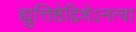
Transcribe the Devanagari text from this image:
ह्युत्तिष्ठेद्दिशेऽनत्वा